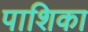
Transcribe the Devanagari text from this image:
पाशिका